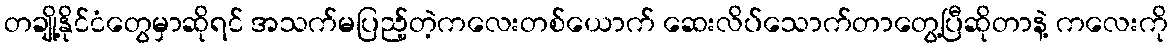
တချို့နိုင်ငံတွေမှာဆိုရင် အသက်မပြည့်တဲ့ကလေးတစ်ယောက် ဆေးလိပ်သောက်တာတွေ့ပြီဆိုတာနဲ့ ကလေးကို